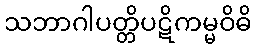
သဘာဂါပတ္တိပဋိကမ္မဝိဓိ